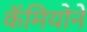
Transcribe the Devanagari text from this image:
कॅमियोने